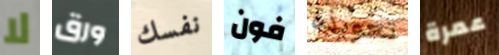
لا ورق نفسك فون تعويذة عمرة